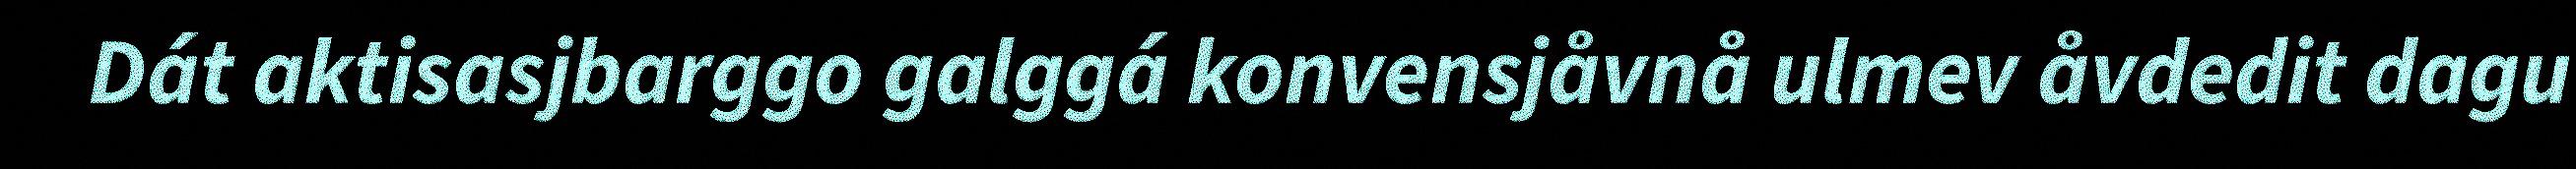
Dát aktisasjbarggo galggá konvensjåvnå ulmev åvdedit dagu